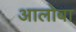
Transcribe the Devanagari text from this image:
आलोबा